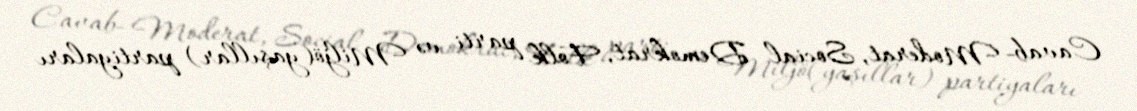
Cavab- Moderat, Social Demokrat, Folk parti və Miljö(yaşıllar) partiyaları